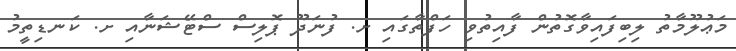
މަޢުލޫމާތު ލިބިފައިވާގޮތުން ފާއިތުވި ހަފްތާގައި ށ. ފުނަދޫ ޕޮލިސް ސްޓޭޝަނާއި ށ. ކަނޑިތީމު